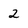
Character: 2